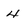
Character: 4